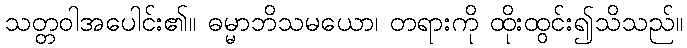
သတ္တဝါအပေါင်း၏။ ဓမ္မာဘိသမယော၊ တရားကို ထိုးထွင်း၍သိသည်။